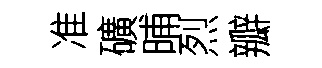
准礦晡烈瓣